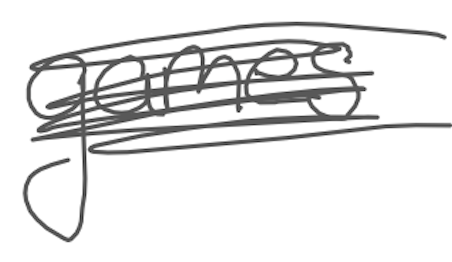
Text: games
Cross-out: mix
Writing tool: digital_gray